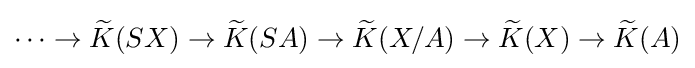
\cdots \to {\widetilde {K}}(SX)\to {\widetilde {K}}(SA)\to {\widetilde {K}}(X/A)\to {\widetilde {K}}(X)\to {\widetilde {K}}(A)